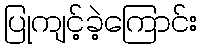
ပြုကျင့်ခဲ့ကြောင်း